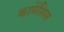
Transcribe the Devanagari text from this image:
कामेंसिस